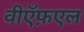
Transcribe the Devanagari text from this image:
वीऍफ़एल